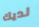
لديك